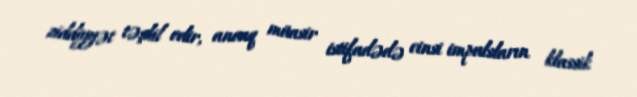
ziddiyyət təşkil edir, ancaq müasir istifadədə cinsi impulsların klassik